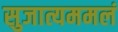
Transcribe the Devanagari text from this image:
सुजात्यममलं